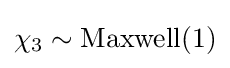
\chi _{3}\sim \mathrm {Maxwell} (1)